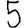
Digit: 5